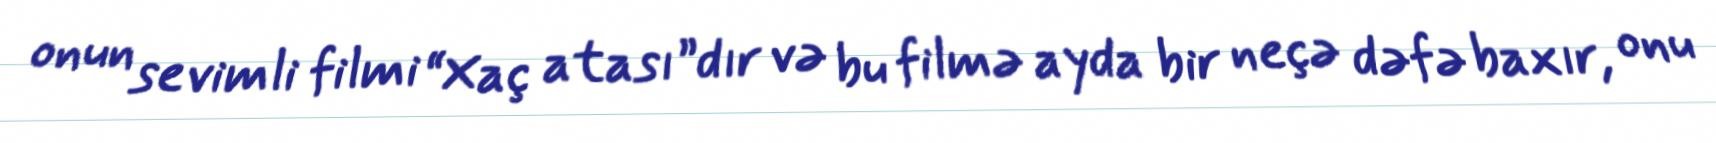
onun sevimli filmi “Xaç atası”dır və bu filmə ayda bir neçə dəfə baxır, onu